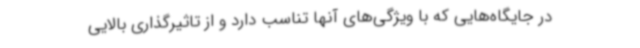
در جایگاه‌هایی که با ویژگی‌های آنها تناسب دارد و از تاثیرگذاری بالایی